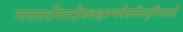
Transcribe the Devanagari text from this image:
गावात१निवासीवबाह्यरुग्णवैद्यकीयसुविधाआहे